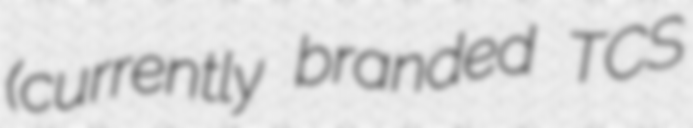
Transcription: (currently branded TCS